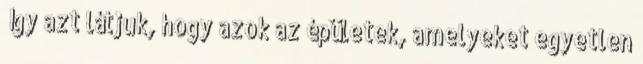
„Így azt látjuk, hogy azok az épületek, amelyeket egyetlen